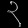
Digit: ၃